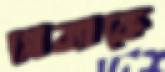
প্লেব্যাকে